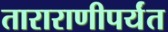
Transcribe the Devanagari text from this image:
ताराराणीपर्यंत